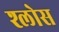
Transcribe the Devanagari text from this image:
श्लोस